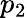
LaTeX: p_{2}